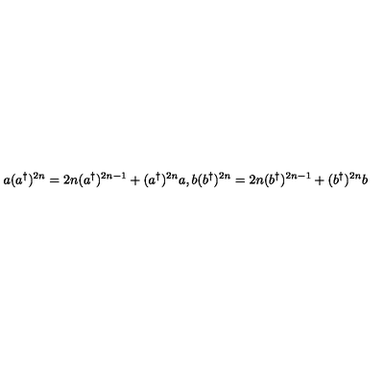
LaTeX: a ( a ^ { \dagger } ) ^ { 2 n } = 2 n ( a ^ { \dagger } ) ^ { 2 n - 1 } + ( a ^ { \dagger } ) ^ { 2 n } a , b ( b ^ { \dagger } ) ^ { 2 n } = 2 n ( b ^ { \dagger } ) ^ { 2 n - 1 } + ( b ^ { \dagger } ) ^ { 2 n } b